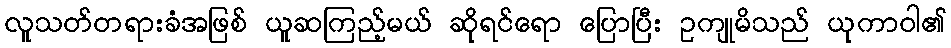
လူသတ်တရားခံအဖြစ် ယူဆကြည့်မယ် ဆိုရင်ရော ပြောပြီး ဥကျုမိသည် ယုကာဝါ၏